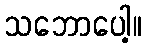
သဘောပေါ့။